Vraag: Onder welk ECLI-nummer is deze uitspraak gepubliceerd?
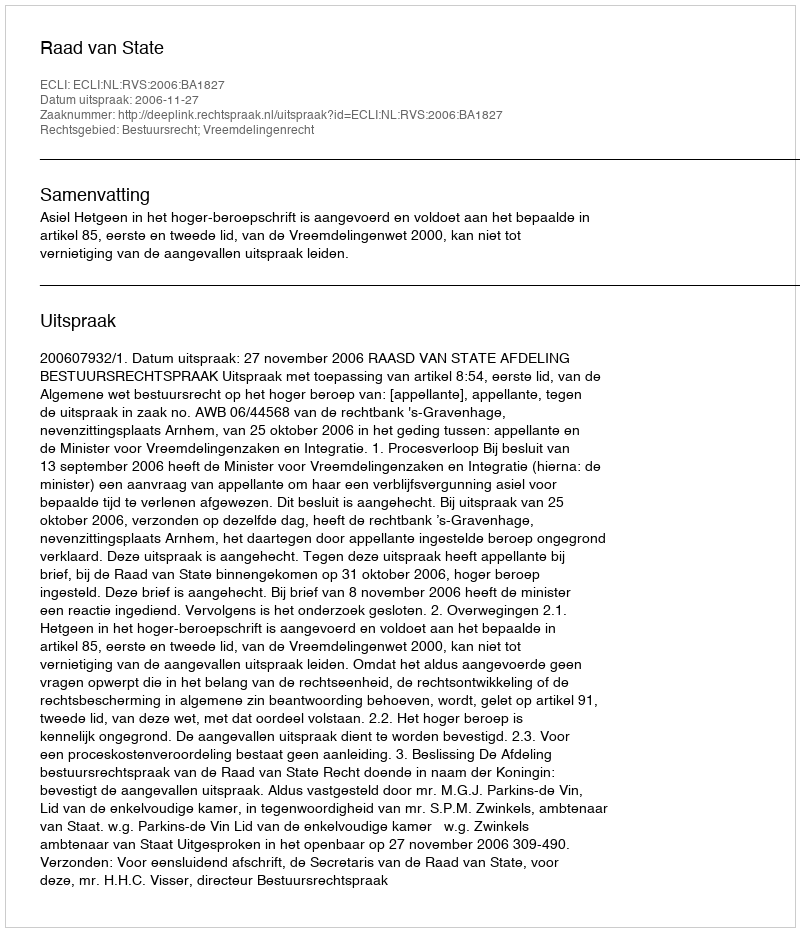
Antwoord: ECLI:NL:RVS:2006:BA1827